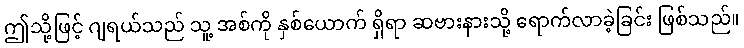
ဤသို့ဖြင့် ဂျရယ်သည် သူ့ အစ်ကို နှစ်ယောက် ရှိရာ ဆဗားနားသို့ ရောက်လာခဲ့ခြင်း ဖြစ်သည်။